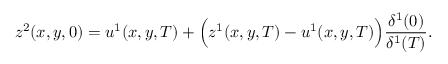
z ^ { 2 } ( x , y , 0 ) = u ^ { 1 } ( x , y , T ) + \Big ( z ^ { 1 } ( x , y , T ) - u ^ { 1 } ( x , y , T ) \Big ) \frac { \delta ^ { 1 } ( 0 ) } { \delta ^ { 1 } ( T ) } .